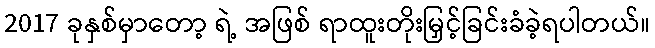
2017 ခုနှစ်မှာတော့ ရဲ့ အဖြစ် ရာထူးတိုးမြှင့်ခြင်းခံခဲ့ရပါတယ်။